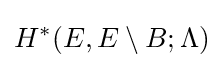
H^{*}(E,E\setminus B;\Lambda )